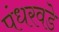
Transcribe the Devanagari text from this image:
पंधरवडे